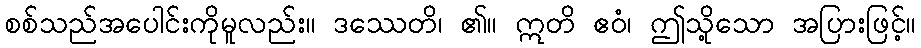
စစ်သည်အပေါင်းကိုမူလည်း။ ဒဿေတိ၊ ၏။ ဣတိ ဧဝံ၊ ဤသို့သော အပြားဖြင့်။